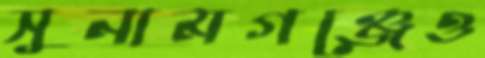
সুনামগঞ্জেও